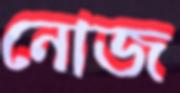
নোজ